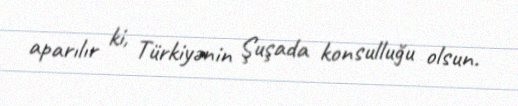
aparılır ki, Türkiyənin Şuşada konsulluğu olsun.